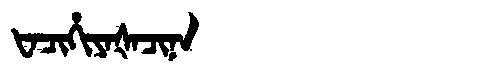
Manchu: ᡶᠠᠴᡳᡥᡳᠶᠠᡧᠠᠴᡳᠨᠠ
Romanization: FACIHIYAŠACINA